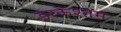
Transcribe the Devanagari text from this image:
इरकेश्तम